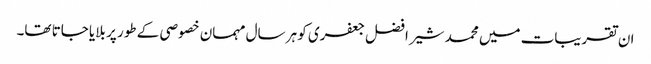
ان تقریبات میں محمد شیر افضل جعفری کو ہر سال مہمان خصوصی کے طور پر بلایا جاتا تھا۔